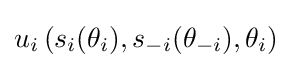
u_{i}\left(s_{i}(\theta _{i}),s_{-i}(\theta _{-i}),\theta _{i}\right)